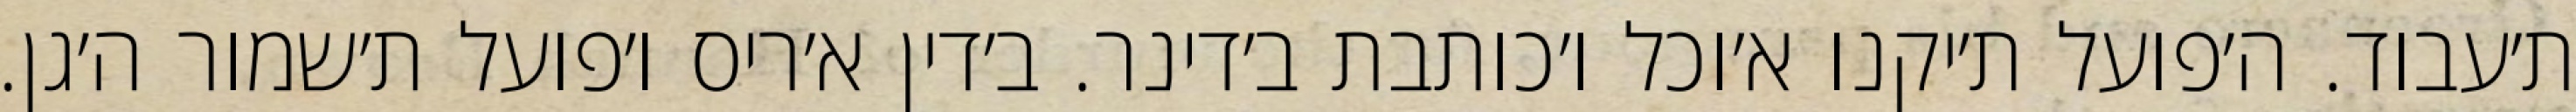
ת׳עבוד. ה׳פועל ת׳יקנו א׳וכל ו׳כותבת ב׳דינר. ב׳דין א׳ריס ו׳פועל ת׳שמור ה׳גן.